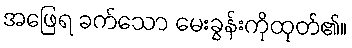
အဖြေရ ခက်သော မေးခွန်းကိုထုတ်၏။